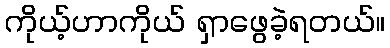
ကိုယ့်ဟာကိုယ် ရှာဖွေခဲ့ရတယ်။